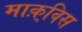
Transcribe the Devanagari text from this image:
माक़्विस